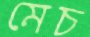
মেচ